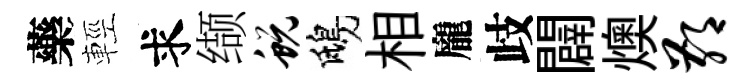
藥輕求缬蜕鴟相龐歧闢燠鄙